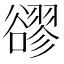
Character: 豂